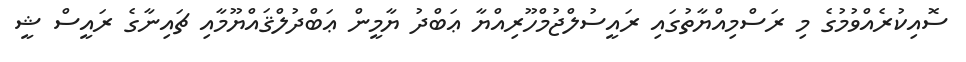
ސޮއިކުރެއްވުމުގެ މި ރަސްމިއްޔާތުގައި ރައީސުލްޖުމްހޫރިއްޔާ ޢަބްދު ޔާމީން ޢަބްދުލްޤައްޔޫމާއި ޗައިނާގެ ރައީސް ޝީ